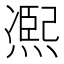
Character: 𠘑